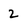
Character: 2